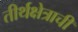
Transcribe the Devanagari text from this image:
तीर्थक्षेत्राची